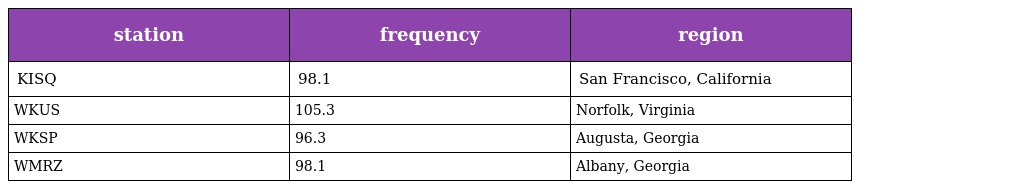
| station | frequency | region |
 | --- | --- | --- |
 | KISQ | 98.1 | San Francisco, California |
 | WKUS | 105.3 | Norfolk, Virginia |
 | WKSP | 96.3 | Augusta, Georgia |
 | WMRZ | 98.1 | Albany, Georgia |